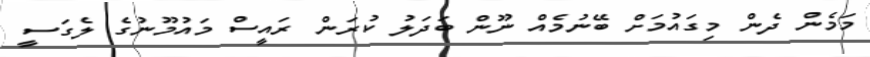
މަމެން ދެން މިގައުމަށް ބޭނުމެއް ނޫން ބަދަލު ކުރަން ރައީސް މައުމޫނުގެ ލެގަސީ